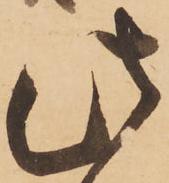
此